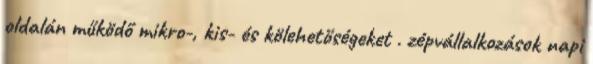
oldalán működő mikro-, kis- és kölehetőségeket . zépvállalkozások napi